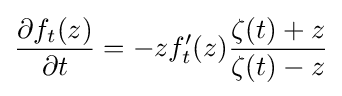
{\frac {\partial f_{t}(z)}{\partial t}}=-zf_{t}^{\prime }(z){\frac {\zeta (t)+z}{\zeta (t)-z}}